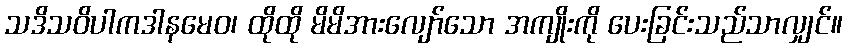
သဒိသဝိပါကဒါနမေဝ၊ ထိုထို မိမိအားလျော်သော အကျိုးကို ပေးခြင်းသည်သာလျှင်။